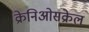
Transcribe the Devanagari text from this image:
क्रेनिओसक्रेल